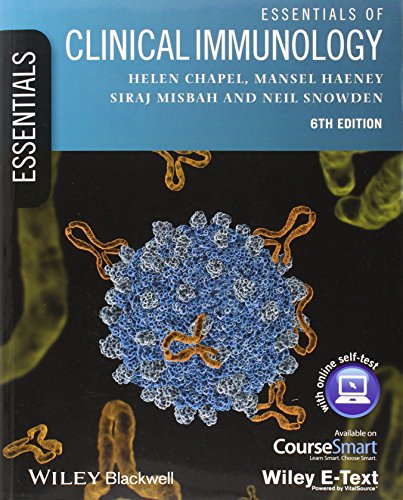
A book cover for Essentials of Clinical Immunology, Includes Wiley E-Text; Helen Chapel; Medical Books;